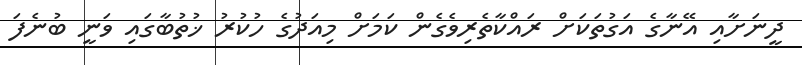
ދީނަށާއި އޭނާގެ އަގުތަކަށް ރައްކާތެރިވެގެން ކަމަށް މިއަދުގެ ހުކުރު ޚުތުބާގައި ވަނީ ބުނެފަ